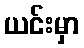
ယင်းမှာ